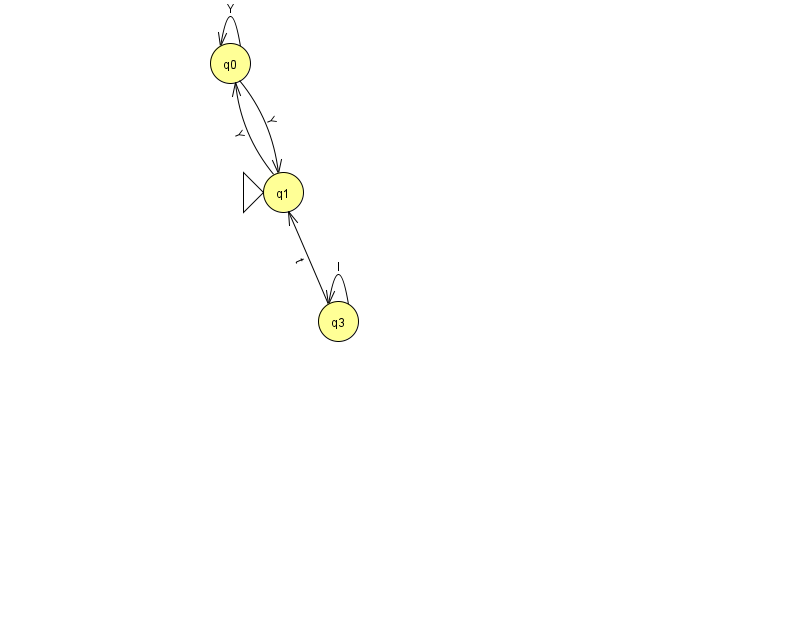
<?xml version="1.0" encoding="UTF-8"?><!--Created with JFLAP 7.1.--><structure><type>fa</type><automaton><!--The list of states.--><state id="0" name="q0"><x>230.0</x><y>50.0</y></state><state id="1" name="q1"><x>283.0</x><y>179.0</y><initial/></state><state id="3" name="q3"><x>338.0</x><y>308.0</y></state><!--The list of transitions.--><transition><from>3</from><to>1</to><read>t</read></transition><transition><from>0</from><to>0</to><read>Y</read></transition><transition><from>3</from><to>3</to><read>I</read></transition><transition><from>0</from><to>1</to><read>Y</read></transition><transition><from>1</from><to>0</to><read>Y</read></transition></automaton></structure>